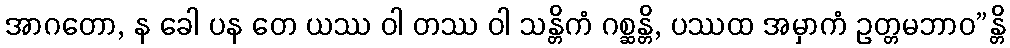
အာဂတော, န ခေါ ပန တေ ယဿ ဝါ တဿ ဝါ သန္တိကံ ဂစ္ဆန္တိ, ပဿထ အမှာကံ ဥတ္တမဘာဝ”န္တိ